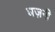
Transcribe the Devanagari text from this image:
घज़नी